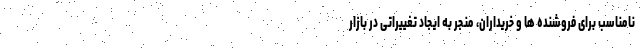
نامناسب برای فروشنده ها و خریداران، منجر به ایجاد تغییراتی در بازار